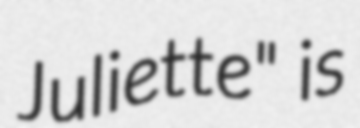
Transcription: Juliette" is